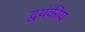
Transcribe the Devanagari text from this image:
द्वयंकीय